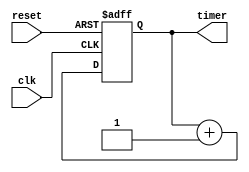
// This program was cloned from: https://github.com/FAST-Switch/fast
// License: Apache License 2.0


module ts_gen(
   clk,
   reset,
   
   timer
  );
   input clk;
   input reset;
   
   output [31:0]timer;
   reg [31:0]timer;
always@(posedge clk or negedge reset)
   if(!reset)
     begin
       timer<=32'b0;
     end
   else
     begin
       timer<=timer+1'b1;
     end
endmodule